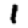
Digit: 1